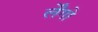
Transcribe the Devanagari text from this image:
र्लेंगो